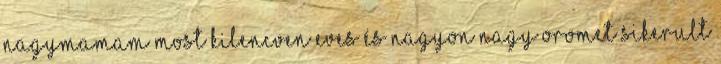
nagymamam most kilencven eves és nagyon nagy oromet sikerult